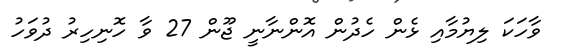
ވާހަކަ ލިޔުމާއި ޅެން ހެދުން އޮންނާނީ ޖޫން 27 ވާ ހޮނިހިރު ދުވަހު